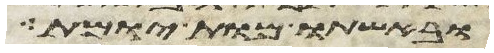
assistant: ובאשתו מות יומת